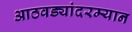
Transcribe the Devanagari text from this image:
आठवड्यांदरम्यान